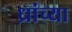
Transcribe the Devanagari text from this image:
ध्रांच्या